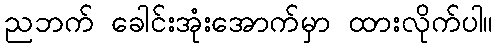
ညဘက် ခေါင်းအုံးအောက်မှာ ထားလိုက်ပါ။